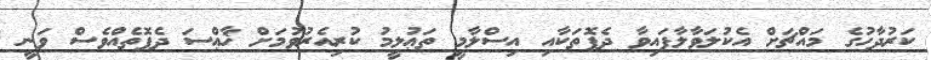
ކަރުދާހުގެ މައްޗަށް އެކުލަވާލާފައިވާ ދެފޮތަކާއި އިސްލާމީ ތަޢުލީމު ކުރިއެރުވުމަށް ޚާޢްސަ ދެފޮތެއްވެސް ވަނީ